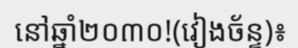
នៅឆ្នាំ២០៣០!(វៀងច័ន្ទ)៖